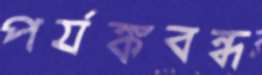
পর্যঙ্কবন্ধ